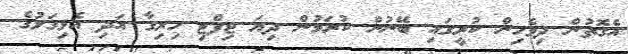
އެގޮތުން ދިވެހިން ކުރީގައި ބޭނުން ކުރަމުން ދިޔަ ޖިފްޓި ހިރިގާ އަދި އެޅިގަލުގެ